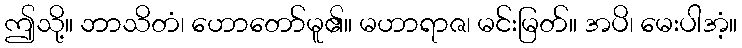
ဤသို့။ ဘာသိတံ၊ ဟောတော်မူ၏။ မဟာရာဇ၊ မင်းမြတ်။ အပိ၊ မေးပါအံ့။